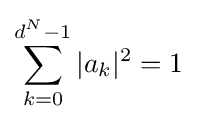
\sum _{k=0}^{d^{N}-1}|a_{k}|^{2}=1